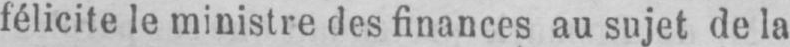
félicite le ministre des finances au sujet de la